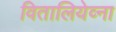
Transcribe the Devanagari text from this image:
वितालियेव्ना